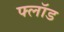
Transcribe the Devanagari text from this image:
फ्लॉड